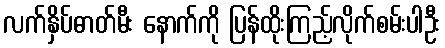
လက်နှိပ်ဓာတ်မီး နောက်ကို ပြန်ထိုးကြည့်လိုက်စမ်းပါဦး